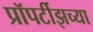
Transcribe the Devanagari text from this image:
प्रॉपर्टीझच्या